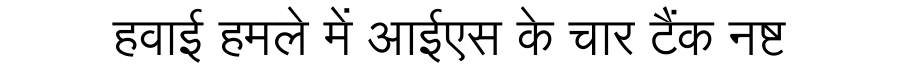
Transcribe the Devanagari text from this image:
हवाई हमले में आईएस के चार टैंक नष्ट